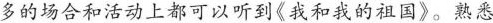
多的场合和活动上都可以听到《我和我的祖国》。熟悉